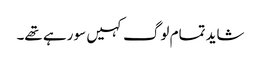
شاید تمام لوگ کہیں سو رہے تھے۔